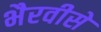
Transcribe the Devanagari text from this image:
भैरवीसे